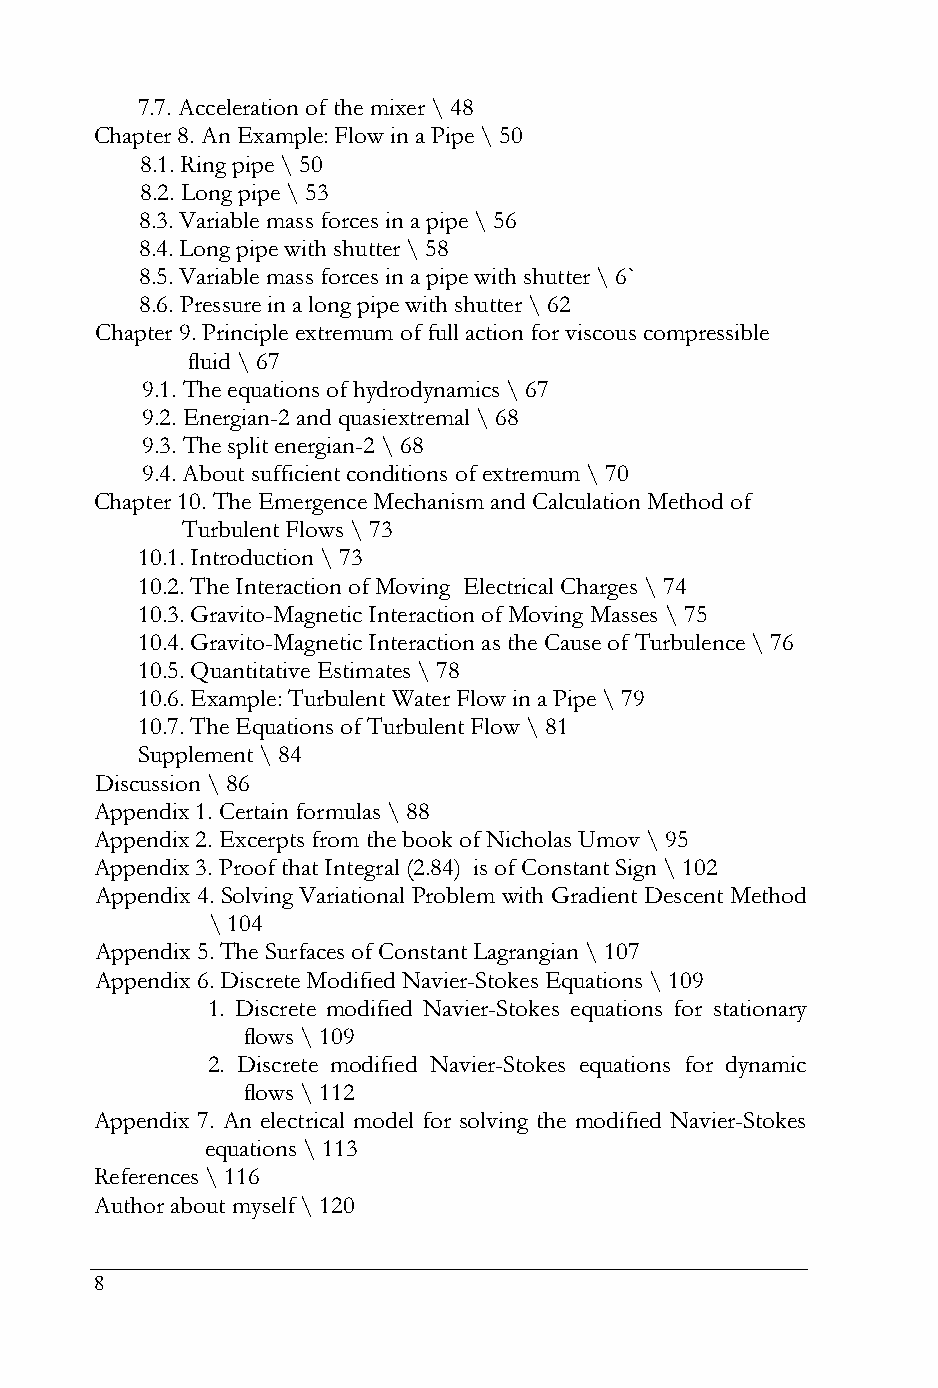
7.7. Acceleration of the mixer \ 48
 Chapter 8. An Example: Flow in a Pipe \ 50
 8.1. Ring pipe \ 50
 8.2. Long pipe \ 53
 8.3. Variable mass forces in a pipe \ 56
 8.4. Long pipe with shutter \ 58
 8.5. Variable mass forces in a pipe with shutter \ 6`
 8.6. Pressure in a long pipe with shutter \ 62
 Chapter 9. Principle extremum of full action for viscous compressible
 fluid \ 67
 9.1. The equations of hydrodynamics \ 67
 9.2. Energian-2 and quasiextremal \ 68
 9.3. The split energian-2 \ 68
 9.4. About sufficient conditions of extremum \ 70
 Chapter 10. The Emergence Mechanism and Calculation Method of
 Turbulent Flows \ 73
 10.1. Introduction \ 73
 10.2. The Interaction of Moving Electrical Charges \ 74
 10.3. Gravito-Magnetic Interaction of Moving Masses \ 75
 10.4. Gravito-Magnetic Interaction as the Cause of Turbulence \ 76
 10.5. Quantitative Estimates \ 78
 10.6. Example: Turbulent Water Flow in a Pipe \ 79
 10.7. The Equations of Turbulent Flow \ 81
 Supplement \ 84
 Discussion \ 86
 Appendix 1. Certain formulas \ 88
 Appendix 2. Excerpts from the book of Nicholas Umov \ 95
 Appendix 3. Proof that Integral (2.84) is of Constant Sign \ 102
 Appendix 4. Solving Variational Problem with Gradient Descent Method
 \ 104
 Appendix 5. The Surfaces of Constant Lagrangian \ 107
 Appendix 6. Discrete Modified Navier-Stokes Equations \ 109
 1. Discrete modified Navier-Stokes equations for stationary
 flows \ 109
 2. Discrete modified Navier-Stokes equations for dynamic
 flows \ 112
 Appendix 7. An electrical model for solving the modified Navier-Stokes
 equations \ 113
 References \ 116
 Author about myself \ 120
 8